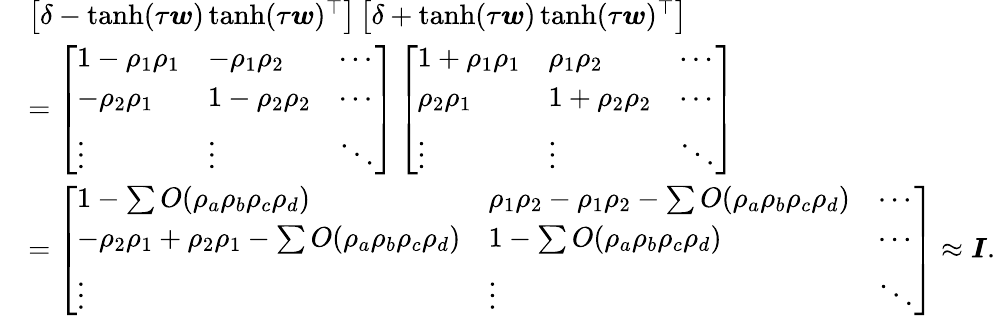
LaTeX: \begin{array}{rl}&{\left[\delta-\operatorname{tanh}(\tau\boldsymbol{w})\operatorname{tanh}(\tau\boldsymbol{w})^{\top}\right]\left[\delta+\operatorname{tanh}(\tau\boldsymbol{w})\operatorname{tanh}(\tau\boldsymbol{w})^{\top}\right]}\\ &{=\left[\begin{array}{lll}{1-\rho_{1}\rho_{1}}&{-\rho_{1}\rho_{2}}&{\cdots}\\ {-\rho_{2}\rho_{1}}&{1-\rho_{2}\rho_{2}}&{\cdots}\\ {\vdots}&{\vdots}&{\ddots}\end{array}\right]\left[\begin{array}{lll}{1+\rho_{1}\rho_{1}}&{\rho_{1}\rho_{2}}&{\cdots}\\ {\rho_{2}\rho_{1}}&{1+\rho_{2}\rho_{2}}&{\cdots}\\ {\vdots}&{\vdots}&{\ddots}\end{array}\right]}\\ &{=\left[\begin{array}{lll}{1-\sum O(\rho_{a}\rho_{b}\rho_{c}\rho_{d})}&{\rho_{1}\rho_{2}-\rho_{1}\rho_{2}-\sum O(\rho_{a}\rho_{b}\rho_{c}\rho_{d})}&{\cdots}\\ {-\rho_{2}\rho_{1}+\rho_{2}\rho_{1}-\sum O(\rho_{a}\rho_{b}\rho_{c}\rho_{d})}&{1-\sum O(\rho_{a}\rho_{b}\rho_{c}\rho_{d})}&{\cdots}\\ {\vdots}&{\vdots}&{\ddots}\end{array}\right]\approx\boldsymbol{I}.}\end{array}